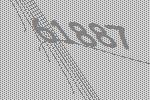
61887